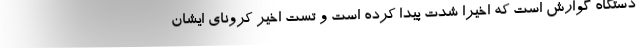
دستگاه گوارش است که اخیرا شدت پیدا کرده است و تست اخیر کرونای ایشان